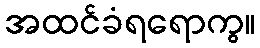
အထင်ခံရရောကွ။